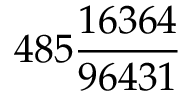
4 8 5 { \frac { 1 6 3 6 4 } { 9 6 4 3 1 } }